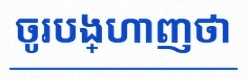
ចូរបង្ហាញថា